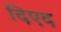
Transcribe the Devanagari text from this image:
दिएद